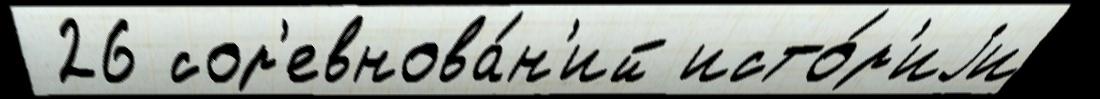
 26 сор'евнова́н'ий исто́р'иjи